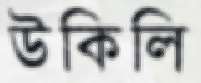
উকিলি